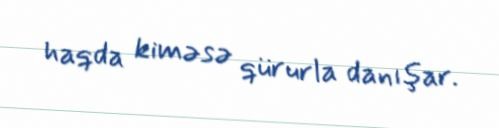
haqda kiməsə qürurla danışar.